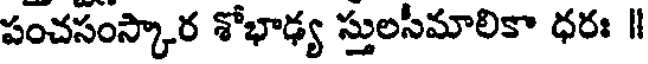
పంచసంస్కార శోభాఢ్య స్తులసీమాలికా ధరః ॥